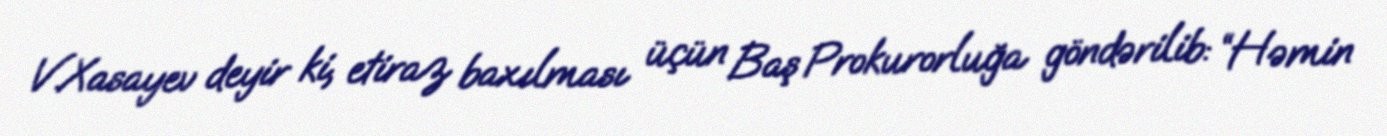
V.Xasayev deyir ki, etiraz baxılması üçün Baş Prokurorluğa göndərilib: “Həmin